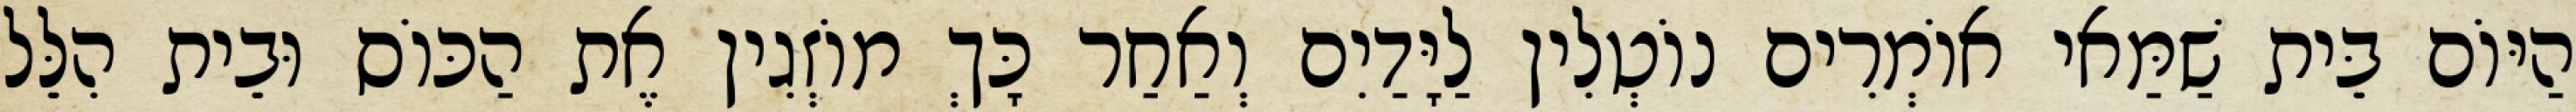
הַיּוֹם בֵּית שַׁמַּאי אוֹמְרִים נוֹטְלִין לַיָּדַיִם וְאַחַר כָּךְ מוֹזְגִין אֶת הַכּוֹס וּבֵית הִלֵּל